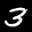
Label: 3